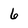
Character: 6